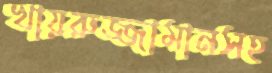
খায়রুজ্জামানসহ